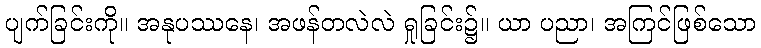
ပျက်ခြင်းကို။ အနုပဿနေ၊ အဖန်တလဲလဲ ရှုခြင်း၌။ ယာ ပညာ၊ အကြင်ဖြစ်သော